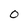
Character: O